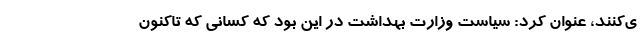
ی‌کنند، عنوان کرد: سیاست وزارت بهداشت در این بود که کسانی که تاکنون